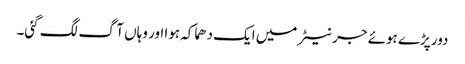
دور پڑے ہوئے جرنیٹر میں ایک دھماکہ ہوا اور وہاں آگ لگ گئی۔